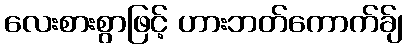
လေးစားစွာဖြင့် ဟားဘတ်ကောက်ခ်ျ